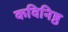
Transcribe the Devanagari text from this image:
कविनिष्ठ